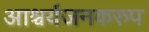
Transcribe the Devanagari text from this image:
आश्चर्यजनकरुप